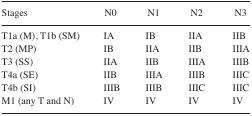
| Stages | N0 | N1 | N2 | N3 |
 | --- | --- | --- | --- | --- |
 | T1a (M), T1b (SM) | IA | IB | IIA | IIB |
 | T2 (MP) | IB | IIA | IIB | IIIA |
 | T3 (SS) | IIA | IIB | IIIA | IIIB |
 | T4a (SE) | IIB | IIIA | IIIB | IIIC |
 | T4b (SI) | IIIB | IIIB | IIIC | IIIC |
 | M1 (any T and N) | IV | IV | IV | IV |